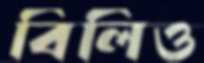
বিলিও